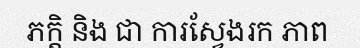
ភក្តិ និង ជា ការស្វែងរក ភាព